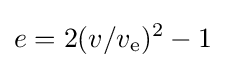
e=2(v/v_{\text{e}})^{2}-1